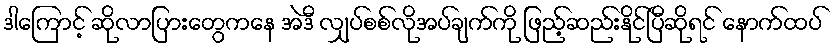
ဒါကြောင့် ဆိုလာပြားတွေကနေ အဲဒီ လျှပ်စစ်လိုအပ်ချက်ကို ဖြည့်ဆည်းနိုင်ပြီဆိုရင် နောက်ထပ်